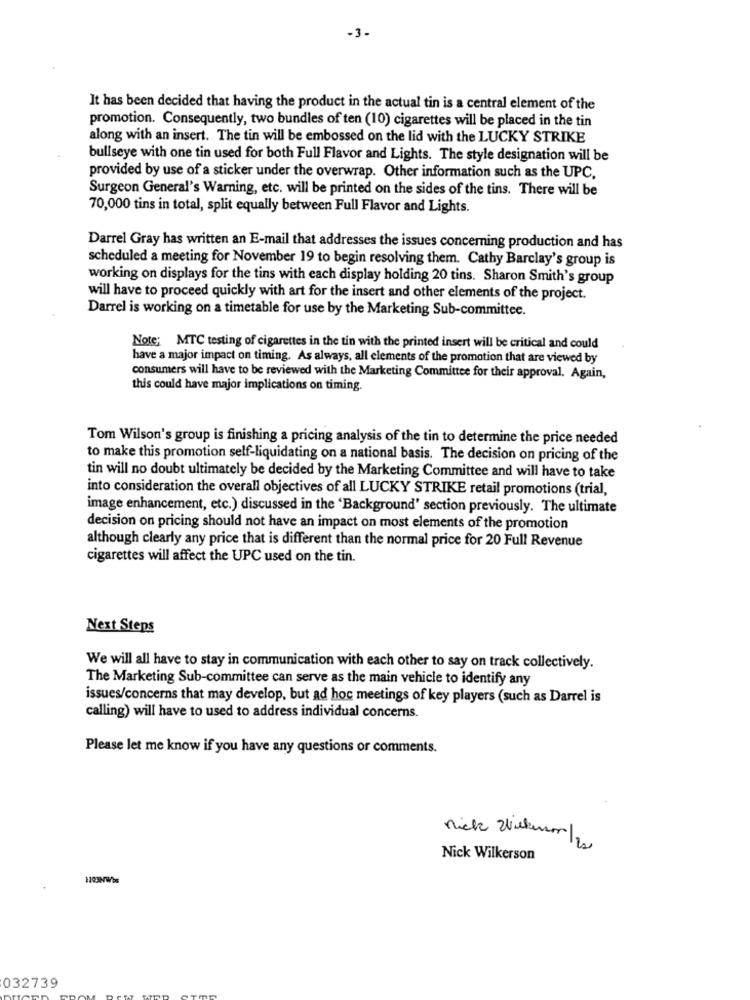
-3-
It has been decided that having the product in the actual tin is a central element of the
promotion. Consequently, two bundles of ten (10) cigarettes will be placed in the tin
along with an insert. The tin will be embossed on the lid with the LUCKY STRIKE
bullseye with one tin used for both Full Flavor and Lights. The style designation will be
provided by use of a sticker under the overwrap. Other information such as the UPC,
Surgeon General's Warning, etc. will be printed on the sides of the tins. There will be
70,000 tins in total, split equally between Full Flavor and Lights.
Darrel Gray has written an E-mail that addresses the issues concerning production and has
scheduled a meeting for November 19 to begin resolving them. Cathy Barclay's group is
working on displays for the tins with each display holding 20 tins. Sharon Smith's group
will have to proceed quickly with art for the insert and other elements of the project.
Darrel is working on a timetable for use by the Marketing Sub-committee.
Note; MTC testing of cigarettes in the tin with the printed insert will be critical and could
have a major impact on timing. As always, all elements of the promotion that are viewed by
consumers will have to be reviewed with the Marketing Committee for their approval. Again,
this could have major implications on timing.
Tom Wilson's group is finishing a pricing analysis of the tin to determine the price needed
to make this promotion self-liquidating on a national basis. The decision on pricing of the
tin will no doubt ultimately be decided by the Marketing Committee and will have to take
into consideration the overall objectives of all LUCKY STRIKE retail promotions (trial,
image enhancement, etc.) discussed in the 'Background' section previously. The ultimate
decision on pricing should not have an impact on most elements of the promotion
although clearly any price that is different than the normal price for 20 Full Revenue
cigarettes will affect the UPC used on the tin.
Next Steps
We will all have to stay in communication with each other to say on track collectively.
The Marketing Sub-committee can serve as the main vehicle to identify any
issues/concerns that may develop, but ad hoc meetings of key players (such as Darrel is
calling) will have to used to address individual concerns.
Please let me know if you have any questions or comments.
nick Ziekenser /200
Nick Wilkerson
1103MWbs
032739